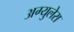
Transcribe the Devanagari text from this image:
अग्युलेरा